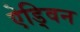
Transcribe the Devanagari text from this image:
ऐड्विन